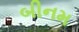
બીનમ